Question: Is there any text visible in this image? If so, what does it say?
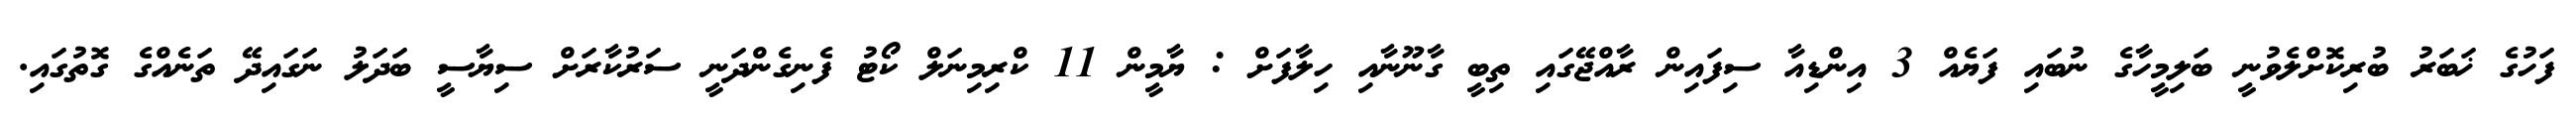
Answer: ފަހުގެ ޚަބަރު ބުރިކޮށްލެވުނީ ބަލިމީހާގެ ނުބައި ފަޔެއް 3 އިންޑިއާ ސިފައިން ރާއްޖޭގައި ތިބީ ގާނޫނާއި ހިލާފަށް : ޔާމީން 11 ކްރިމިނަލް ކޯޓު ފެނިގެންދަނީ ސަރުކާރަށް ސިޔާސީ ބަދަލު ނަގައިދޭ ތަނެއްގެ ގޮތުގައި.